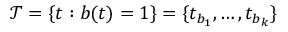
\mathcal { T } = \{ t : b ( t ) = 1 \} = \{ t _ { b _ { 1 } } , \dots , t _ { b _ { k } } \}